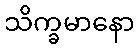
သိက္ခမာနော